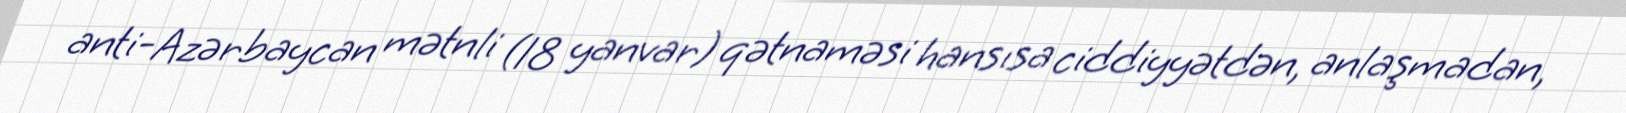
anti-Azərbaycan mətnli (18 yanvar) qətnaməsi hansısa ciddiyyətdən, anlaşmadan,